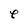
Character: e